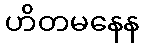
ဟိတမနေန